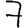
Digit: 7